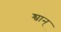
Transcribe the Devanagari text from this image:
श्वान्